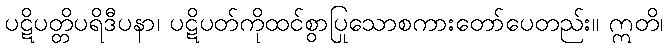
ပဋိပတ္တိပရိဒီပနာ၊ ပဋိပတ်ကိုထင်စွာပြုသောစကားတော်ပေတည်း။ ဣတိ၊